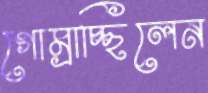
গোম্‌রাচ্ছিলেন